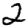
Digit: 2